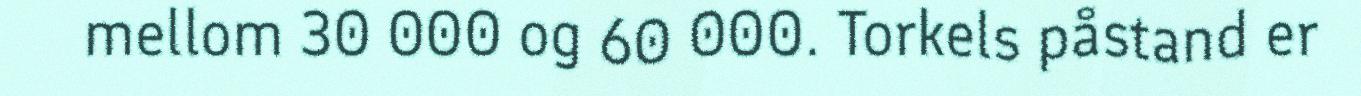
mellom 30 000 og 60 000. Torkels påstand er